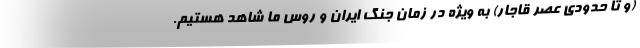
(و تا حدودی عصر قاجار) به ویژه در زمان جنگ ایران و روس ما شاهد هستیم.